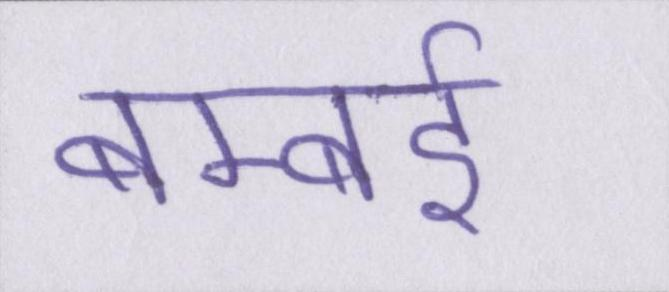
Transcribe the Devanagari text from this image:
बम्बर्इ